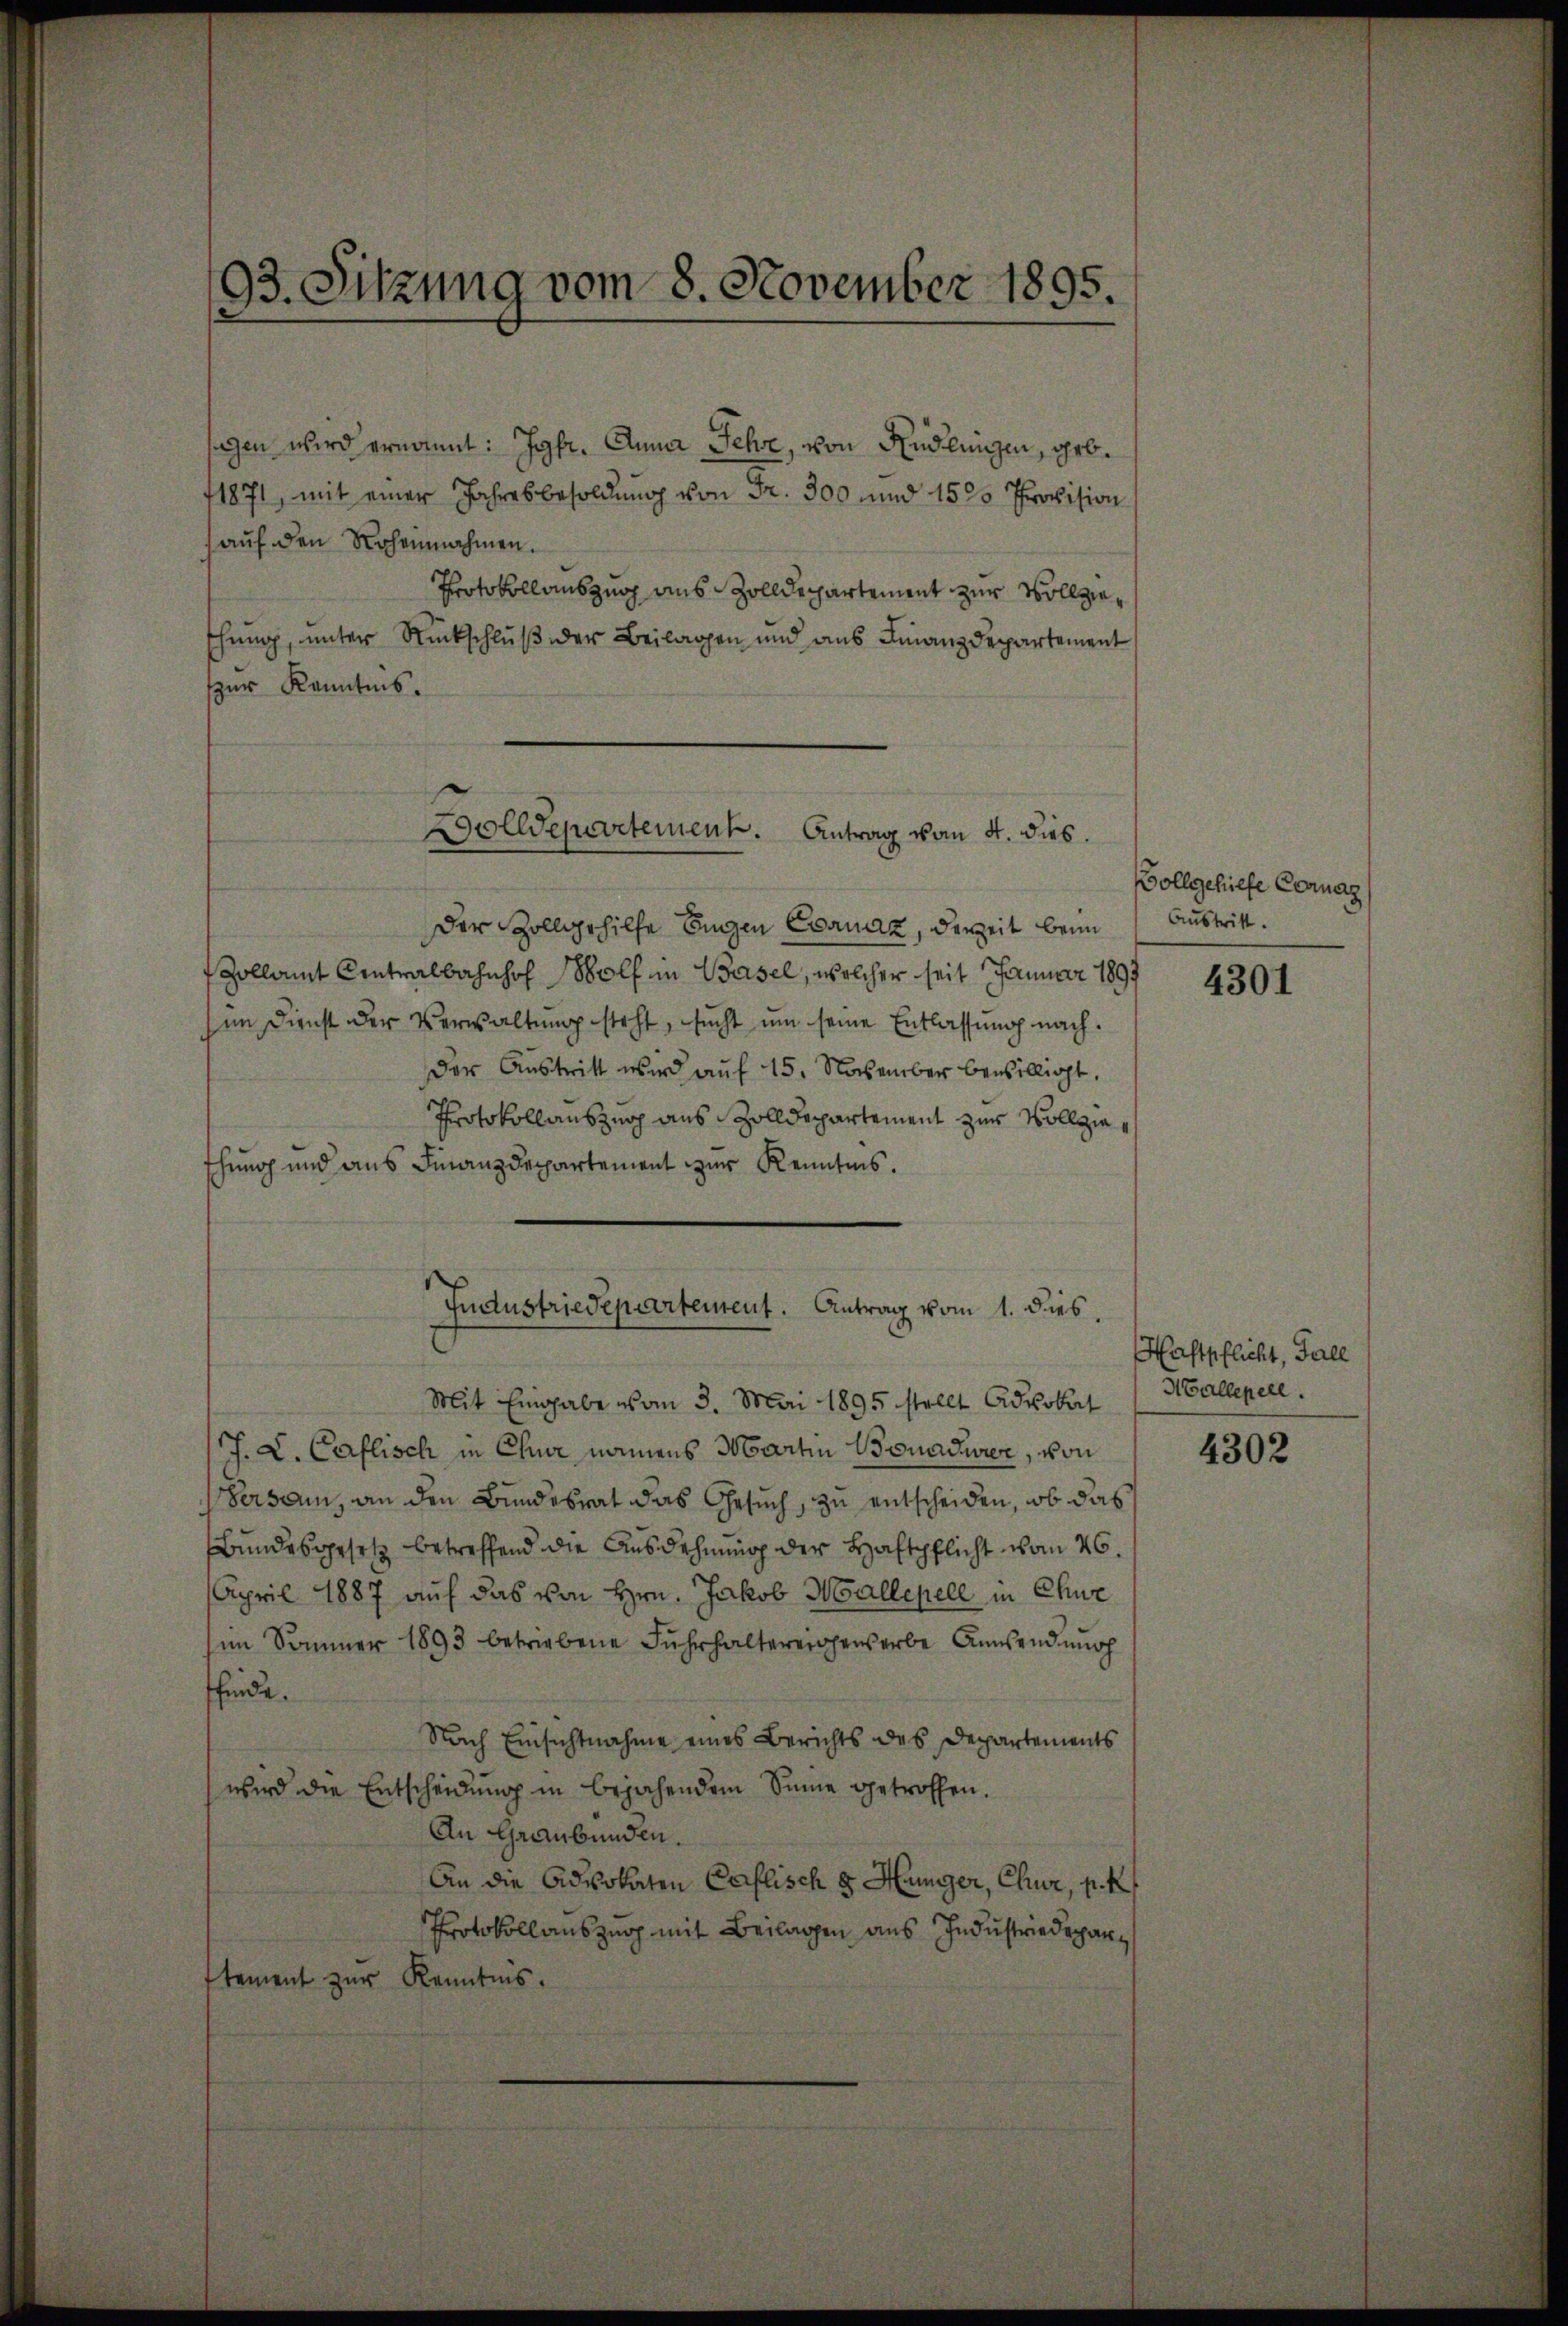
93. Sitzung vom 8. November 1895.

sagen wird ernannt: Jgfr. Anna Jehre, von Rüdlingen, geb.
1871, mit einer Jahresbesoldung von Fr. 300 und 1530 Provision
auf den Wochennahmen.
Protokollauszug aus Zolldepartement zur Vollzieschung, unter Rückschluß der Beilagen und aus Finanzdepartement
zur Kenntnis.

Dolldepartement. Antrag vom 4. dies.

Industriedepartement. Antrag vom 1. dies

Der Zollgehilfe Eugen Cornaz, derzeit beim
Zollamt Antralbahnhof Wolf in Basel, welcher seit Januar 1897
im Dienst der Verwaltung steht, sucht um seine Entlassung nach¬
Der Austritt wird auf 15. November bewilligt.
Protokollauszug aus Zolldepartement zur Vollziethung und aus Finanzdepartement zur Kenntnis.
Mit Eingabe vom 3. Mai 1895 stellt Advokat
J. L. Caflisch in Chur namens Martin Bonadre, von
Versam, an den Bundesrat das Gesuch, zu entscheiden, ob das
Bundesgesetz betreffend die Ausdehnung der Haftpflicht vom 26.
April 1887 auf das von Hrn. Jakob Wallepell in Chue
im Sommer 1893 betriebene Fuhrhaltereigewerbe Anwendung
ffinde.
Nach Einsichtnahme eines Berichts des Departements
wird die Entscheidung in bejahendem Sinne getroffen.
An Graubünden.
An die Advokaten Caflisch 8 Hunger, Chur, p. K
Protokollauszug mit Beilagen aus Industriedeparstement zur Kenntnis.

Vollgehilfe Cornag
Austritt.

4301

Haftpflicht, Fall
Hallepell.

4302